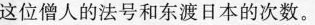
这位僧人的法号和东渡日本的次数。